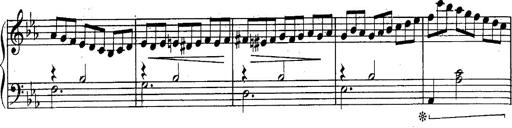
Title: Schubert's Impromptus [revised and edited by Franz Liszt]
Composer: Franz Liszt